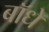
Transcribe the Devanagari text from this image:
बॉधे